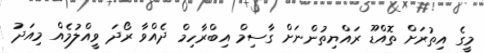
މީގެ އިތުރަށް ތޮއްޑޫ ރައްޔިތުންނަށް ގާސިމް އިބްރާހިމް ދެއްވާ ރޯދަ ވީއްލުމެއް މިއަދު